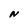
Character: N